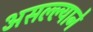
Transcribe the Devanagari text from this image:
असल्ल्याने